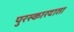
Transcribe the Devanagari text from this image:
पुरस्कारदाता